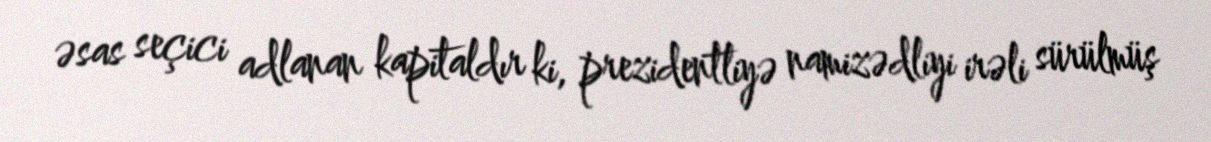
əsas seçici adlanan kapitaldır ki, prezidentliyə namizədliyi irəli sürülmüş